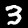
Digit: 3